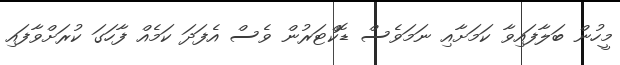
މީހުން ބަލާފައިވާ ކަމަށާއި ނަމަވެސް ޑޮކްޓަރުން ވެސް އެފަދަ ކަމެއް ފާހަގަ ކުރަށްވާފައި